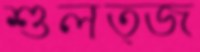
শুলত্জ